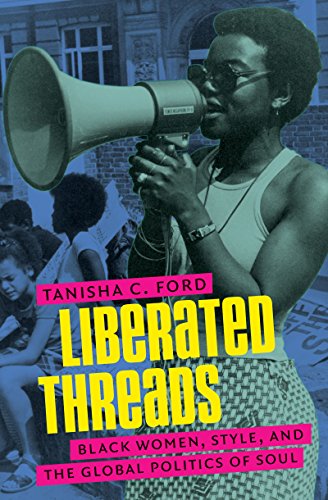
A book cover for Liberated Threads: Black Women, Style, and the Global Politics of Soul (Gender and American Culture); Tanisha Ford; Arts & Photography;